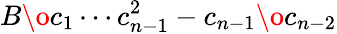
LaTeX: {{B}\o{c_{1}\cdots c_{n-1}^{2}}}-{{c_{n-1}}\o{c_{n-2}}}